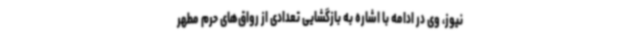
نیوز، وی در ادامه با اشاره به بازگشایی تعدادی از رواق‌های حرم مطهر